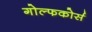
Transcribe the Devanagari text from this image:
गोल्फकोर्स